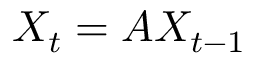
X _ { t } = A X _ { t - 1 }